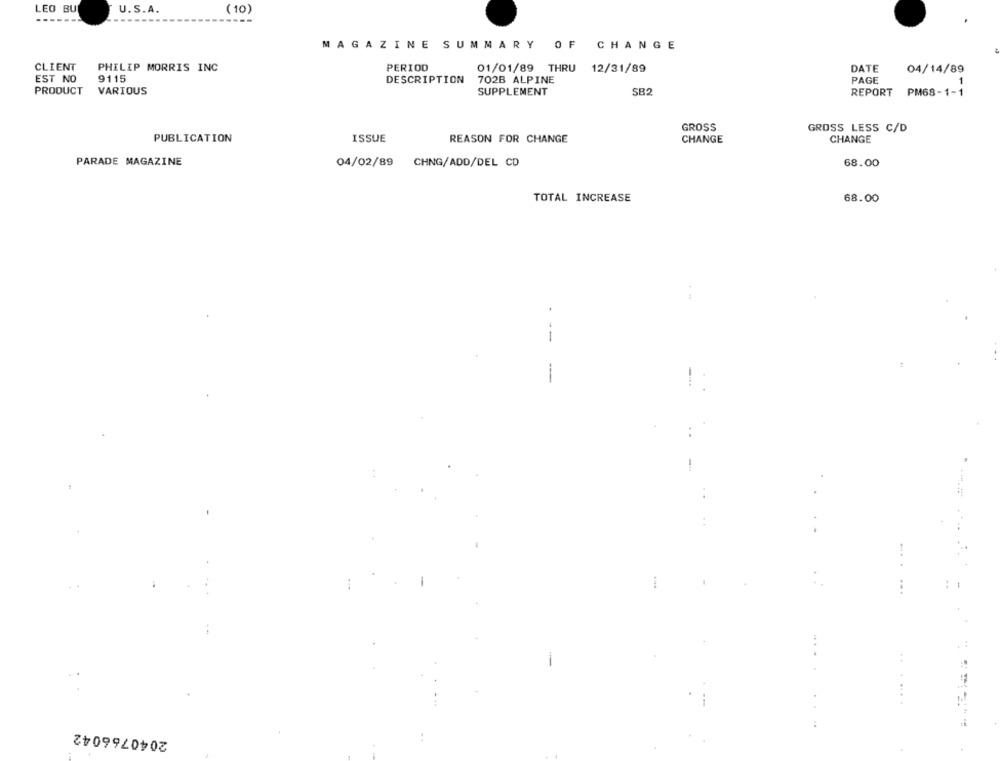
LEO BU
U.S.A.
(10)
-...
MAGAZINE SUMMARY OF CHANGE
CLIENT
PHILIP MORRIS INC
PERIOD
01/01/89 THRU 12/31/89
DATE
04/14/89
EST NO
9115
DESCRIPTION
702B ALPINE
PAGE
PRODUCT
VARIOUS
SUPPLEMENT
SB2
REPORT
PM68-1-1
GROSS
GROSS LESS C/D
PUBLICATION
CHANGE
ISSUE
REASON FOR CHANGE
CHANGE
PARADE MAGAZINE
04/02/89 CHNG/ADD/DEL CD
68.00
TOTAL INCREASE
68.00
- --
-
-
-...
-
.......
2040766042